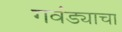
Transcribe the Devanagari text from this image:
गवंड्याचा